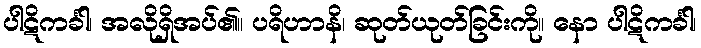
ပါဋိကင်္ခါ၊ အလိုရှိအပ်၏။ ပရိဟာနိ၊ ဆုတ်ယုတ်ခြင်းကို။ နော ပါဋိကင်္ခါ၊